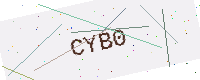
Text: CYB0